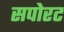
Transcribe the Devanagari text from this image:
सपोरट